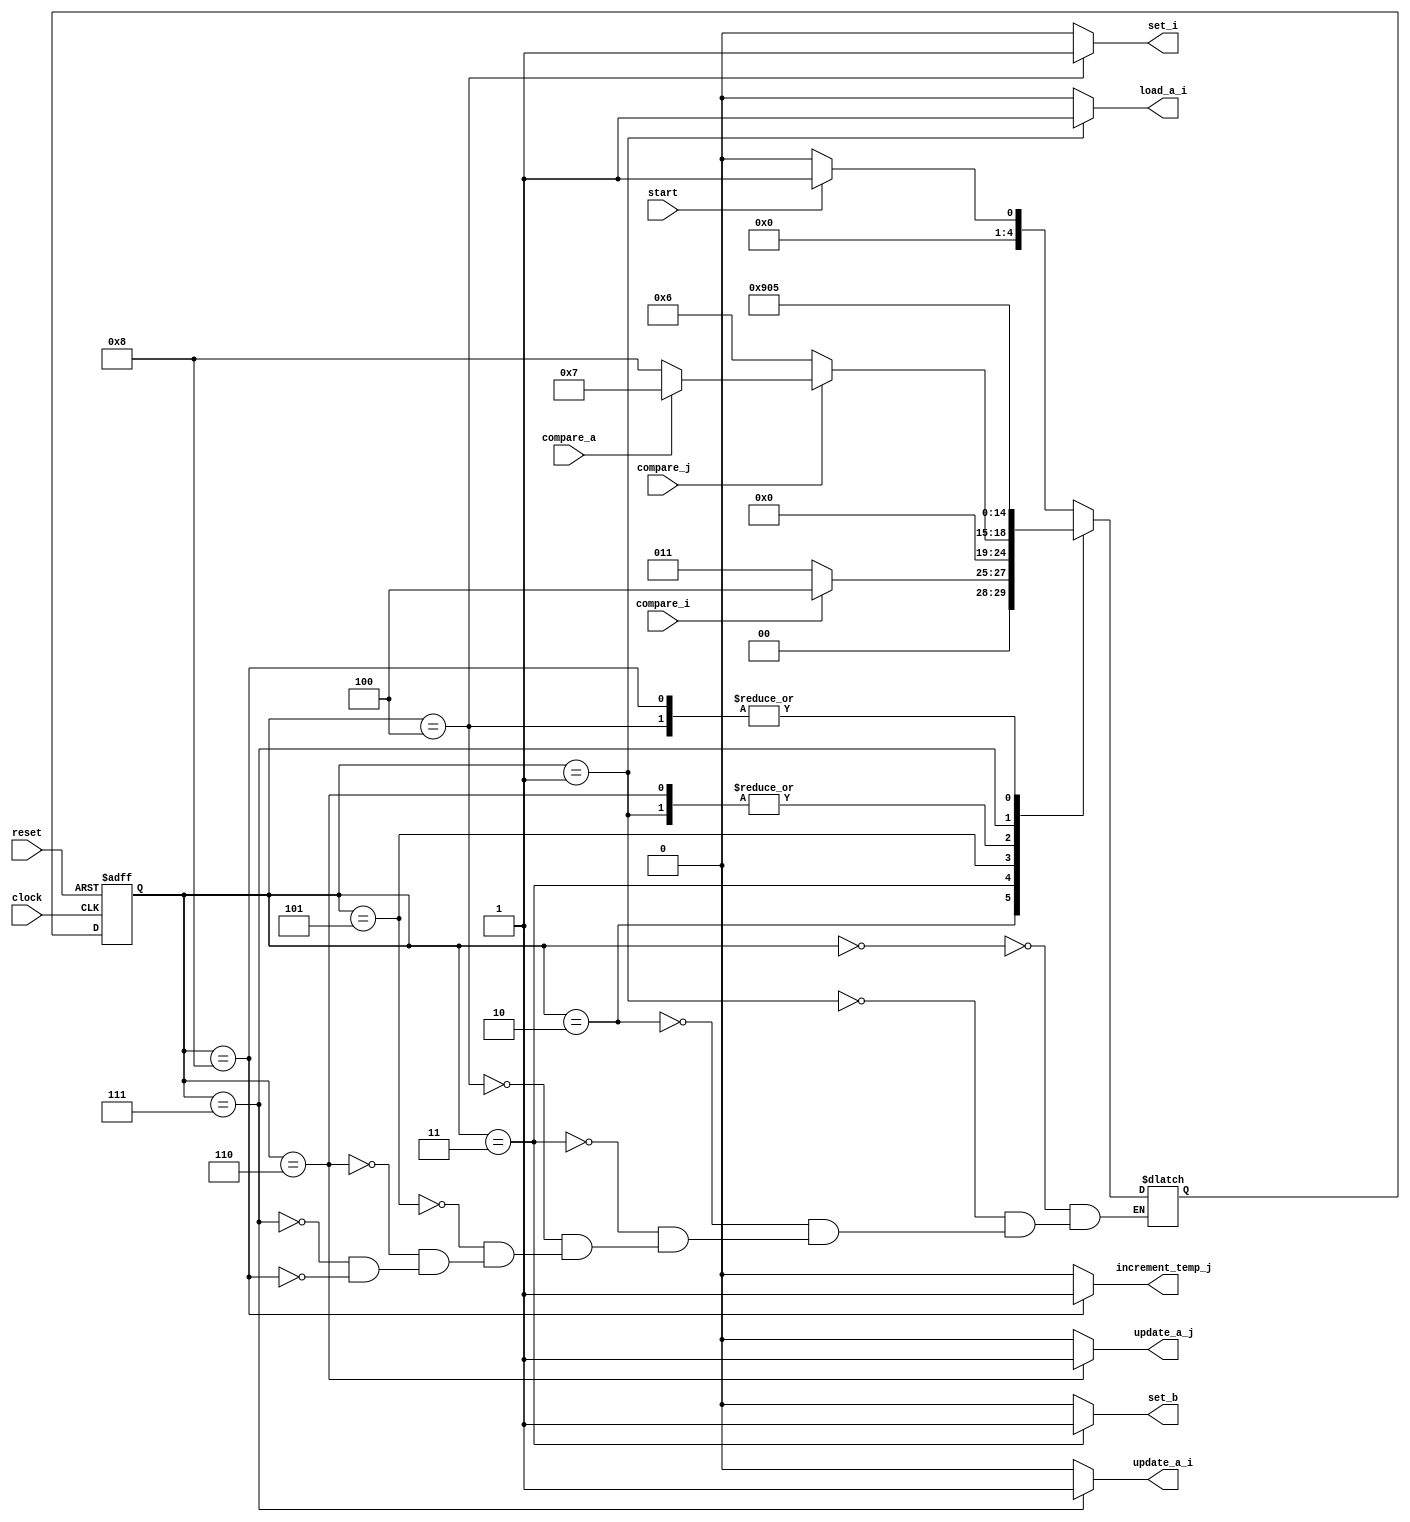
module Control_Unit ( input reset , start , clock  , compare_i , compare_j , compare_a ,
    output reg load_a_i ,
    output reg set_i ,
    output reg update_a_i ,
    output reg increment_temp_j ,
    output reg update_a_j ,
    output reg set_b );

reg [4:0] current_state , next_state ;

// DEFINE STATES
parameter s_idle = 4'b0000 , 
          s_1 = 4'b0001 ,
          s_while1 = 4'b0010 , 
          s_2 = 4'b0011 ,
          s_3 = 4'b0100 ,
          s_while2 = 4'b0101 ,
          s_4 = 4'b0110 ,
          s_5 = 4'b0111 ,
          s_6 = 4'b1000 ;

always @ (posedge clock , negedge reset)
begin
    if (reset == 0) current_state <= s_idle ;
    else current_state <= next_state ;
end

always @ (current_state)
begin 
    load_a_i <= 0 ;
    set_b <= 0 ;
    set_i <= 0 ;
    update_a_i <= 0 ;
    increment_temp_j <= 0 ;
    update_a_j <= 0 ;
    
    case (current_state)
        s_1 : load_a_i <= 1 ;
        s_2 : set_b <= 1 ;
        s_3 : set_i <= 1 ;
        s_4 : update_a_j <= 1 ;
        s_5 : update_a_i <= 1 ;
        s_6 : increment_temp_j <= 1 ;
    endcase
end

// STATE CHANGING 
always @ (current_state , start , compare_i , compare_j , compare_a )
begin
    case (current_state)
        s_idle : if (start == 1) next_state <= s_1 ; else next_state <= s_idle ; 
        s_1 : next_state <= s_while1 ;
        s_while1 : if (compare_i == 1) next_state <= s_3 ; else next_state <= s_2 ; 
        s_2 : next_state <= s_idle ;
        s_3 : next_state <= s_while2 ;
        s_while2 : if (compare_j == 1) begin
                    if (compare_a == 1) next_state <= s_5 ;
                    else next_state <= s_6 ;              
                   end
                   else next_state <= s_4 ; 
                   
        s_4 : next_state <= s_while1 ;
        s_5 : next_state <= s_6 ;
        s_6 : next_state <= s_while2 ;    
    endcase
end

endmodule